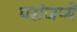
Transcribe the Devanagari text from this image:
परांजप्ये